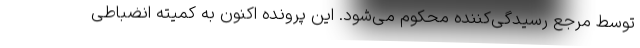
توسط مرجع رسیدگی‌کننده محکوم می‌شود. این پرونده اکنون به کمیته انضباطی